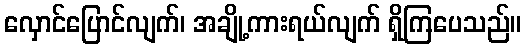
လှောင်ပြောင်လျက်၊ အချို့ကားရယ်လျက် ရှိကြပေသည်။